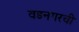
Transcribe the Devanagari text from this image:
वडनगरची